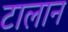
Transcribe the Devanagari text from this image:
टालान